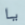
يا